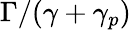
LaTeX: \Gamma/(\gamma+\gamma_{p})